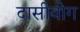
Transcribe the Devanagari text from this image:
दासीयोग